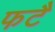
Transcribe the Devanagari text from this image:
फटै